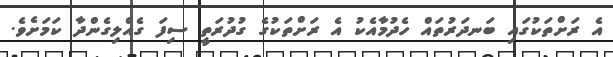
އެ ރަށްތަކުގައި ބަނދަރުތައް ހެދުމާއެކު އެ ރަށްތަކުގެ ގުދުރަތީ ސިފަ ގެއްލިގެންދާ ކަމަށެވެ.